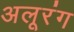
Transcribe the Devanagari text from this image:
अलूरंग